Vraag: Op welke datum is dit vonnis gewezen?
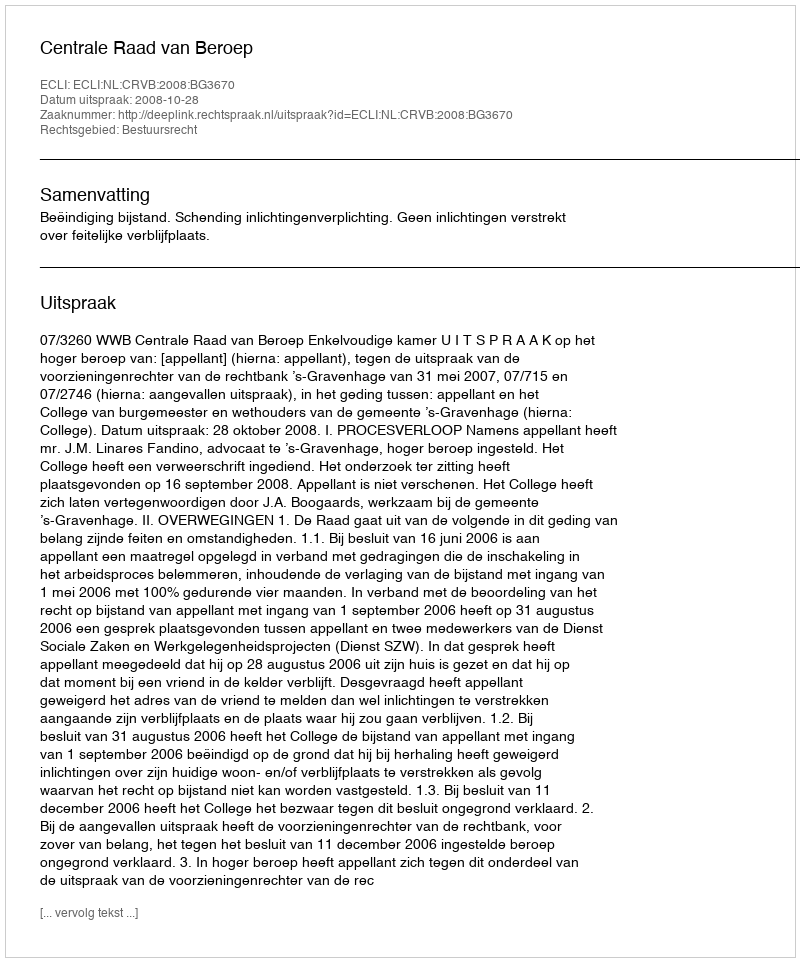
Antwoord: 2008-10-28